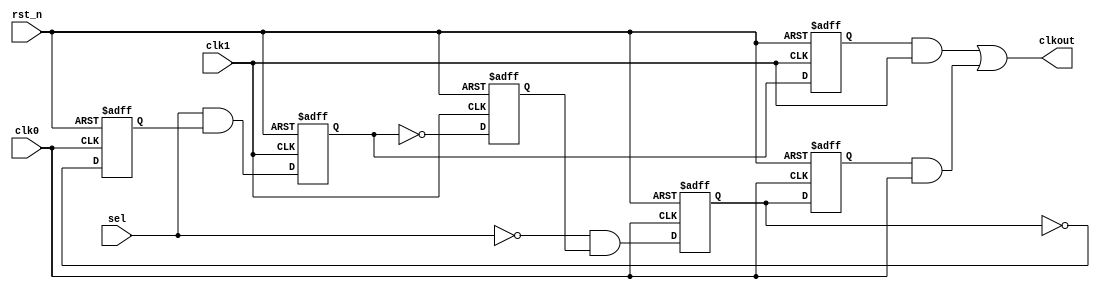
// Async clock change

module async_clock_change(clk1,clk0,rst_n,sel,clkout);
	input clk1;
	input clk0;
	input rst_n;
	input sel;
	output clkout;

	reg q1;
	reg q2_p,q2_n;
	reg q3;
	reg q4_p,q4_n;

	always @(posedge clk1 or negedge rst_n)
		begin
			if(!rst_n)
				begin
					q1<=1'b0;
				end
			else
				begin
					q1<=sel&&(q4_n);
				end
		end

	always @(negedge clk1 or negedge rst_n)
		begin
			if(!rst_n)
				begin
					q2_p<=1'b0;
					q2_n<=1'b1;
				end
			else
				begin
					q2_p<=q1;
					q2_n<=~q1;
				end
		end


	always @(posedge clk0 or negedge rst_n)
		begin
			if(!rst_n)
				begin
					q3<=1'b0;
				end
			else
				begin
					q3<=(~sel)&&(q2_n);
				end
		end

	always @(negedge clk0 or negedge rst_n)
		begin
			if(!rst_n)
				begin
					q4_p<=1'b0;
					q4_n<=1'b1;
				end
			else
				begin
					q4_p<=q3;
					q4_n<=~q3;
				end
		end

	assign clkout=(q2_p&&clk1)||(q4_p&&clk0);
endmodule